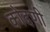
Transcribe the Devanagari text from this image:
कोदणी